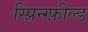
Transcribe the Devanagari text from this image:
स्प्रिन्ग्फ़ील्ड